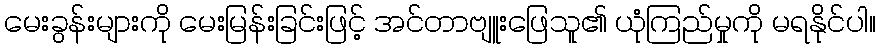
မေးခွန်းများကို မေးမြန်းခြင်းဖြင့် အင်တာဗျူးဖြေသူ၏ ယုံကြည်မှုကို မရနိုင်ပါ။